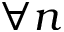
\forall n